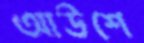
আউশে